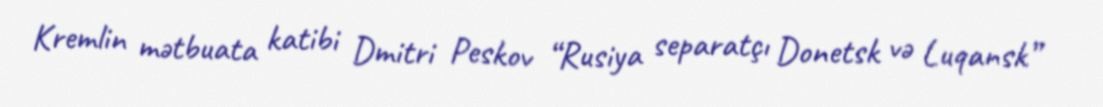
Kremlin mətbuata katibi Dmitri Peskov “Rusiya separatçı Donetsk və Luqansk”